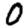
Digit: 0